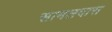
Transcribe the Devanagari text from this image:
सामलदास